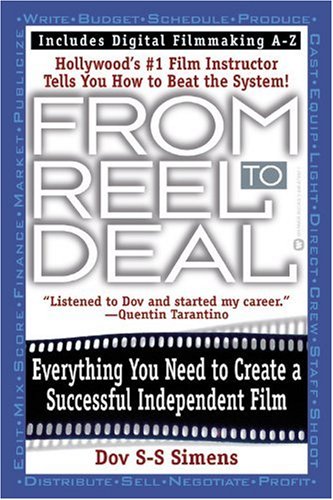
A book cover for From Reel to Deal: Everything You Need to Create a Successful Independent Film; Dov S-S Simens; Humor & Entertainment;